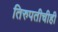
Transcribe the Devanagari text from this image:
तिरुपतीचीही